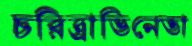
চরিত্রাভিনেতা